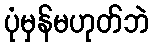
ပုံမှန်မဟုတ်ဘဲ